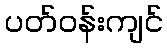
ပတ်ဝန်းကျင်